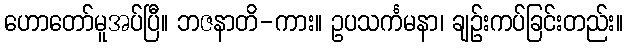
ဟောတော်မူအပ်ပြီ။ ဘဇနာတိ-ကား။ ဥပသင်္ကမနာ၊ ချဉ်းကပ်ခြင်းတည်း။